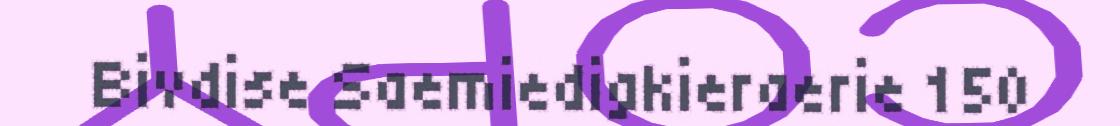
Bivdise Saemiedigkieraerie 150